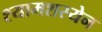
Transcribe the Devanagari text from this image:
श्यामशस्येन